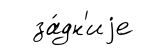
за́дн'иjе